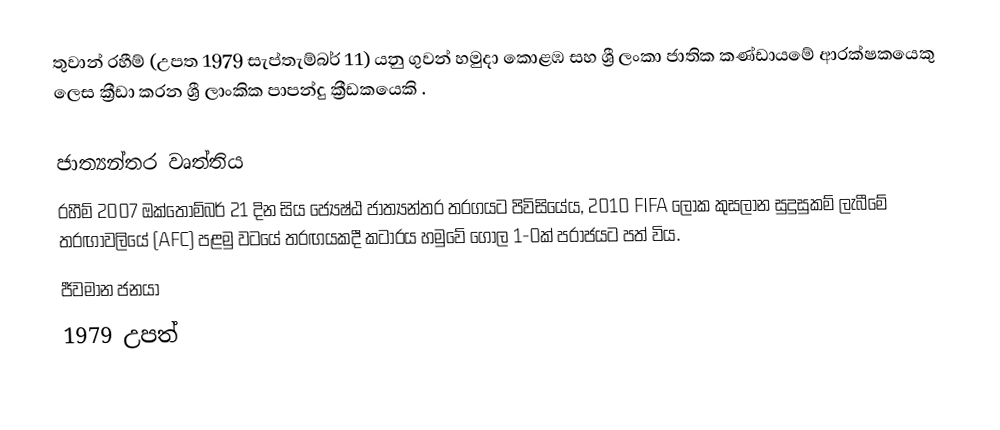
තුවාන් රහීම් (උපත 1979 සැප්තැම්බර් 11) යනු ගුවන් හමුදා කොළඹ සහ ශ්‍රී ලංකා ජාතික කණ්ඩායමේ ආරක්ෂකයෙකු ලෙස ක්‍රීඩා කරන ශ්‍රී ලාංකික පාපන්දු ක්‍රීඩකයෙකි .

ජාත්‍යන්තර වෘත්තිය
රහීම් 2007 ඔක්තෝම්බර් 21 දින සිය ජ්‍යෙෂ්ඨ ජාත්‍යන්තර තරගයට පිවිසියේය, 2010 FIFA ලෝක කුසලාන සුදුසුකම් ලැබීමේ තරඟාවලියේ (AFC) පළමු වටයේ තරඟයකදී කටාරය හමුවේ ගෝල 1-0ක් පරාජයට පත් විය.
ජීවමාන ජනයා
1979 උපත්